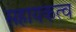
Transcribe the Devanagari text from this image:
सहायकत्व